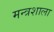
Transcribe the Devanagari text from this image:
मन्त्रशाला